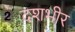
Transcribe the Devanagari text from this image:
दशभीर